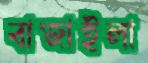
বাজাইলা